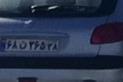
۶۸ن۲۶۵۳۸